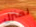
لمنزل